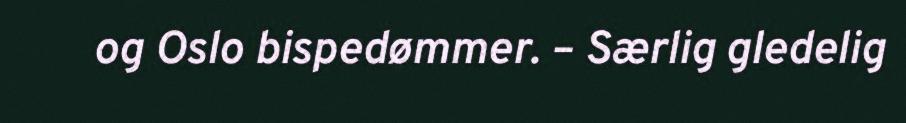
og Oslo bispedømmer. – Særlig gledelig